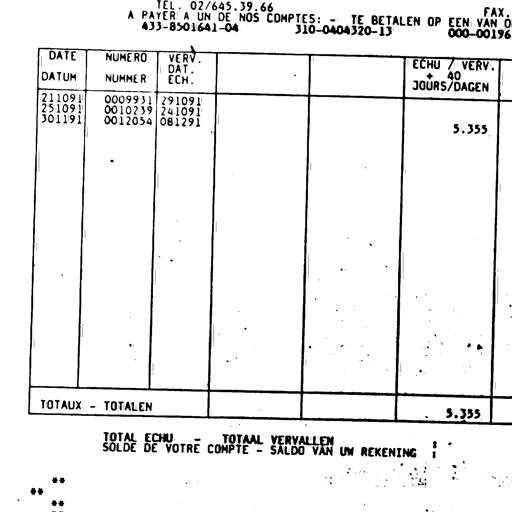
TEL. 02/645.39.66
FAX.
A PAYER A UN DE NOS COMPTES: - TE BETALEN OP EEN VAN O
433-8501641-04
310-0404320-13
000-00196
DATE
DATUM
NUMERO
NUMMER
VERV.
DAT.
ECH.
ECHU / VERV.
+ 40
JOURS/DAGEN
211091
251091
301191
0009931
0010239
0012054
291091
241091
081291
5.355
TOTAUX - TOTALEN
5.355
TOTAL ECHU - TOTAAL VERVALLEN
SOLDE DE VOTRE COMPTE - SALDO VAN UW REKENING
: